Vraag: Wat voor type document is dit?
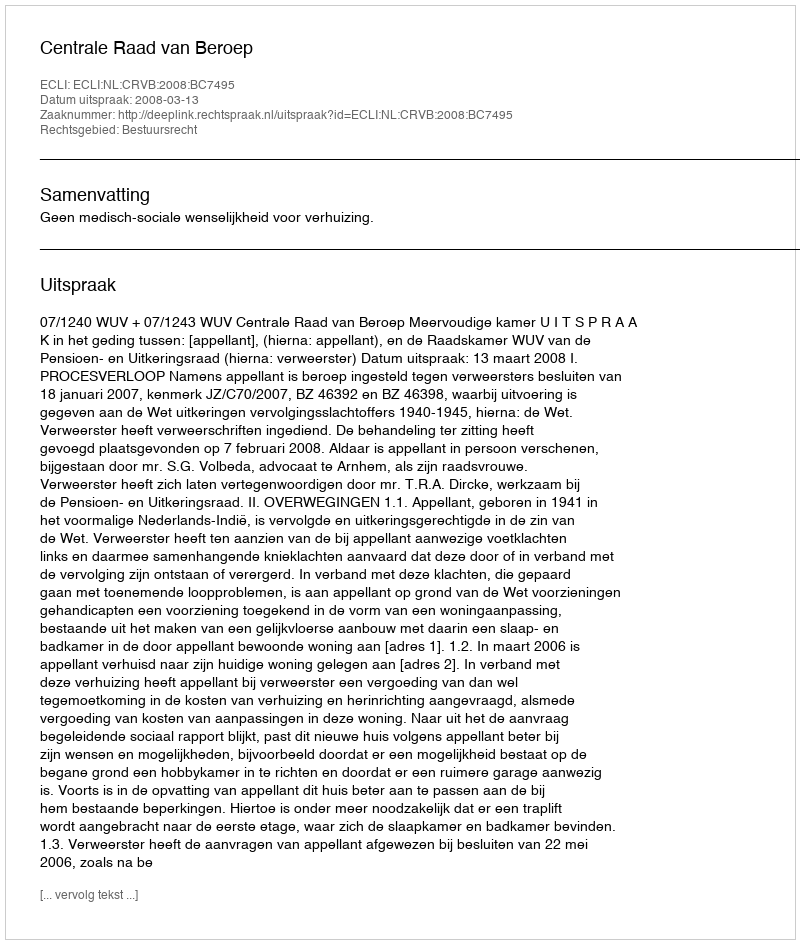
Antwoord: Uitspraak